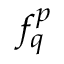
f _ { q } ^ { p }